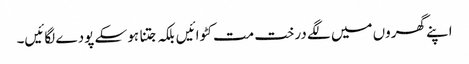
اپنے گھروں میں لگے درخت مت کٹوائیں بلکہ جتنا ہو سکے پودے لگائیں۔